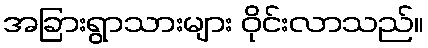
အခြားရွာသားများ ဝိုင်းလာသည်။